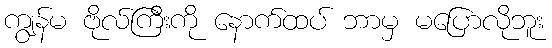
ကျွန်မ ဗိုလ်ကြီးကို နောက်ထပ် ဘာမှ မပြောလိုဘူး